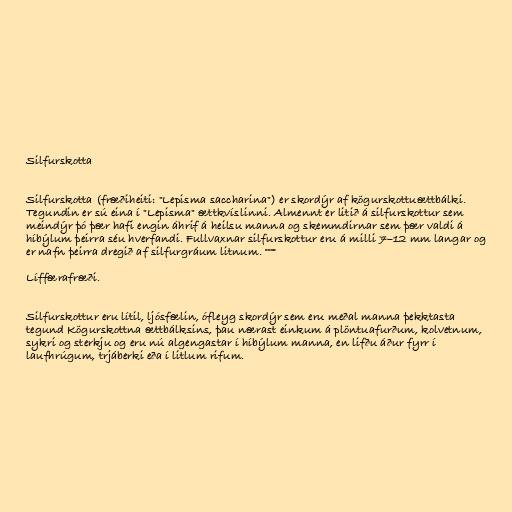
Silfurskotta

Silfurskotta (fræðiheiti: "Lepisma saccharina") er skordýr af kögurskottuættbálki.
Tegundin er sú eina í "Lepisma" ættkvíslinni. Almennt er litið á silfurskottur sem
meindýr þó þær hafi engin áhrif á heilsu manna og skemmdirnar sem þær valdi á
híbýlum þeirra séu hverfandi. Fullvaxnar silfurskottur eru á milli 7–12 mm langar og
er nafn þeirra dregið af silfurgráum litnum. °°°°

Líffærafræði.

Silfurskottur eru lítil, ljósfælin, ófleyg skordýr sem eru meðal manna þekktasta
tegund Kögurskottna ættbálksins, þau nærast einkum á plöntuafurðum, kolvetnum,
sykri og sterkju og eru nú algengastar í híbýlum manna, en lifðu áður fyrr í
laufhrúgum, trjáberki eða í litlum rifum.